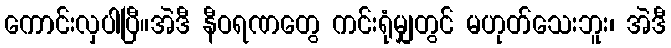
ကောင်းလှပါပြီ။အဲဒီ နီဝရဏတွေ ကင်းရုံမျှတွင် မဟုတ်သေးဘူး၊ အဲဒီ